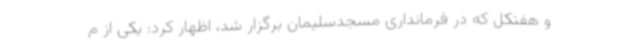
و هفتکل که در فرمانداری مسجدسلیمان برگزار شد، اظهار کرد: یکی از م